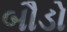
બૌડો